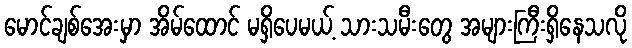
မောင်ချစ်အေးမှာ အိမ်ထောင် မရှိပေမယ့် သားသမီးတွေ အများကြီးရှိနေသလို